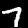
Label: 7